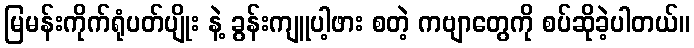
မြမန်းကိုက်ရုံပတ်ပျိုး နဲ့ ခွန်းကျူပါ့ဖား စတဲ့ ကဗျာတွေကို စပ်ဆိုခဲ့ပါတယ်။